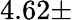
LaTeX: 4.62\pm